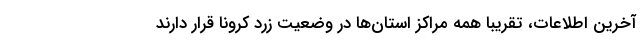
آخرین اطلاعات، تقریبا همه مراکز استان‌ها در وضعیت زرد کرونا قرار دارند